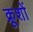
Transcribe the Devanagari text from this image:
क्रूशों